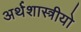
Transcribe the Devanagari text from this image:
अर्थशास्त्रीयो